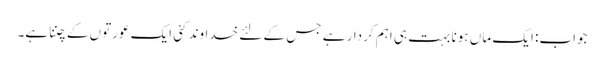
جواب: ایک ماں ہونا بہت ہی اہم کردار ہے جس کے لئے خداوند کئی ایک عورتوں کے چننا ہے۔